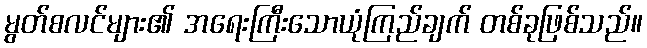
မွတ်စလင်များ၏ အရေးကြီးသောယုံကြည်ချက် တစ်ခုဖြစ်သည်။